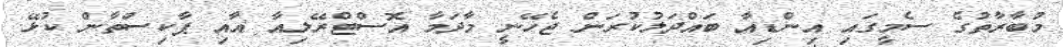
މުބާރާތުގެ ސެމީގައި އިންޑިއާ ބައްދަލުކުރަން ޖެހޭނީ މާދަމާ އޮސްޓްރޭލިއާ އާއި ޕާކިސްތާން ކުޅޭ